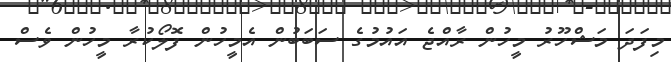
މިފަދަ މަޝްހޫރު މީހުން ރާއްޖެ އައުމުގެ ސަބަބުން އެމީހުން ފޮލޯކުރާ މީހުން ވެސް